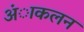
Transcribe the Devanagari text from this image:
अंाकलन